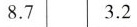
8.7 3.2